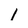
Character: 1